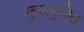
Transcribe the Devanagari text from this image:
कुलमुक्ति